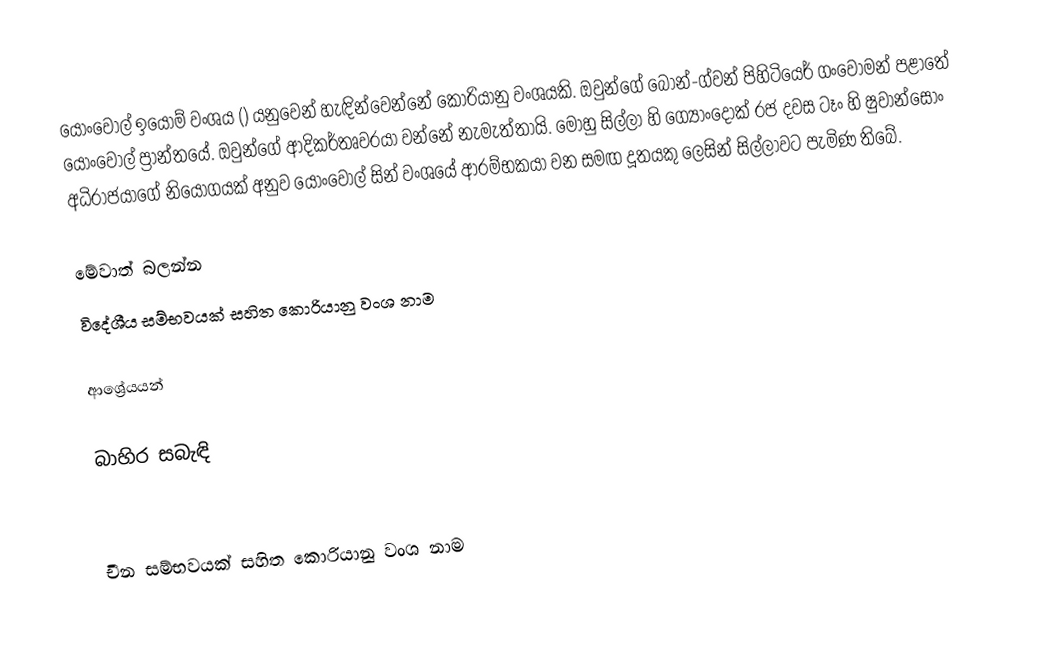
යොංවොල් ඉයොම් වංශය () යනුවෙන් හැඳින්වෙන්නේ කොරියානු වංශයකි. ඔවුන්ගේ බොන්-ග්වන් පිහිටියෙර් ගංවොමන් පළාතේ යොංවොල් ප්‍රාන්තයේ. ඔවුන්ගේ ආදිකර්තෘවරයා වන්නේ  නැමැත්තායි. මොහු සිල්ලා හි ග්‍යොංදොක් රජ දවස ටෑං හි ෂුවාන්සොං අධිරාජයාගේ නියෝගයක් අනුව යොංවොල් සින් වංශයේ ආරම්භකයා වන  සමඟ දූතයකු ලෙසින් සිල්ලාවට පැමිණ තිබේ.

මේවාත් බලන්න
 විදේශීය සම්භවයක් සහිත කොරියානු වංශ නාම

ආශ්‍රේයයන්

බාහිර සබැඳි

චීන සම්භවයක් සහිත කොරියානු වංශ නාම